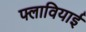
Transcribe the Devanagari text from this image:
फ्लावियाई